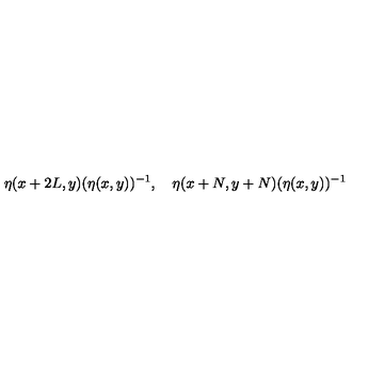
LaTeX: \eta ( x + 2 L , y ) ( \eta ( x , y ) ) ^ { - 1 } , \quad \eta ( x + N , y + N ) ( \eta ( x , y ) ) ^ { - 1 }